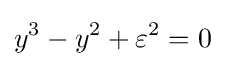
y^{3}-y^{2}+\varepsilon ^{2}=0